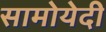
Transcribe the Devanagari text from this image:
सामोयेदी